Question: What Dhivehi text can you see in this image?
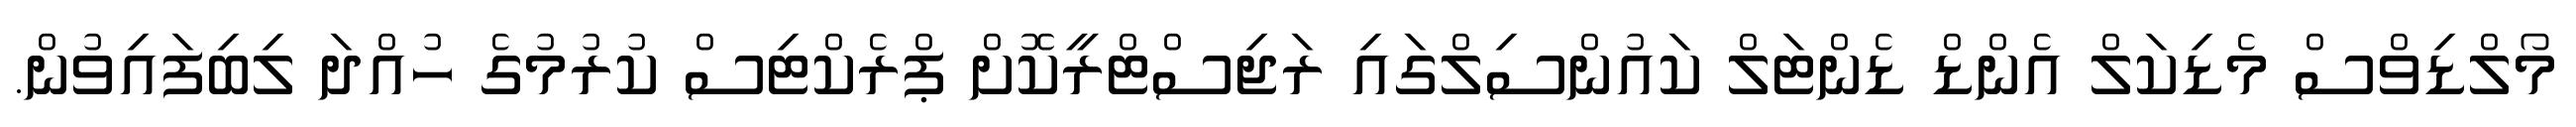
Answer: މޯލްޑިވްސް މެޑިކަލް އެންޑް ޑެންޓަލް ކައުންސިލްގައި ރަޖިސްޓްރީކޮށް ޕްރެކްޓިސް ކުރުމުގެ ހުއްދަ ލިބިފައިވުން.